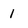
Character: 1